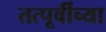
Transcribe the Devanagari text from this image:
तत्पूर्वीच्या